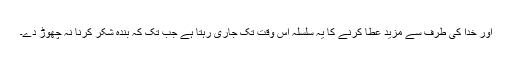
اور خدا کی طرف سے مزید عطا کرنے کا یہ سلسلہ اس وقت تک جاری رہتا ہے جب تک کہ بندہ شکر کرنا نہ چھوڑ دے۔